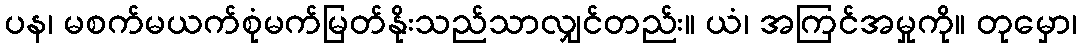
ပန၊ မစက်မယက်စုံမက်မြတ်နိုးသည်သာလျှင်တည်း။ ယံ၊ အကြင်အမှုကို။ တုမှော၊